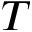
T